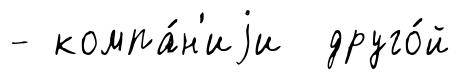
- компа́н'иjи друго́й